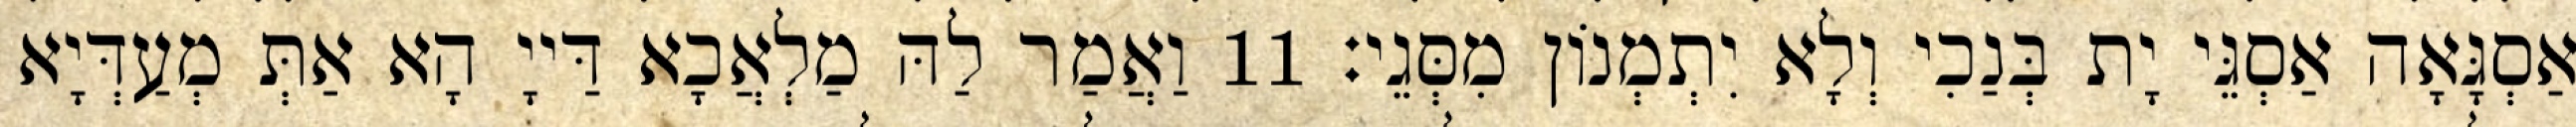
אַסְגָּאָה אַסְגֵּי יָת בְּנַכִי וְלָא יִתְמְנוֹן מִסְּגֵי׃ 11 וַאֲמַר לַהּ מַלְאֲכָא דַּייָ הָא אַתְּ מְעַדְּיָא